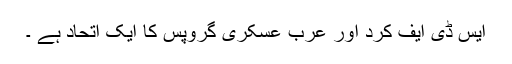
ایس ڈی ایف کرد اور عرب عسکری گروپس کا ایک اتحاد ہے ۔